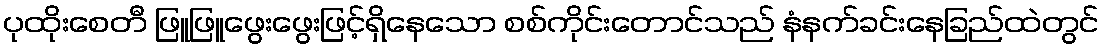
ပုထိုးစေတီ ဖြူဖြူဖွေးဖွေးဖြင့်ရှိနေသော စစ်ကိုင်းတောင်သည် နံနက်ခင်းနေခြည်ထဲတွင်